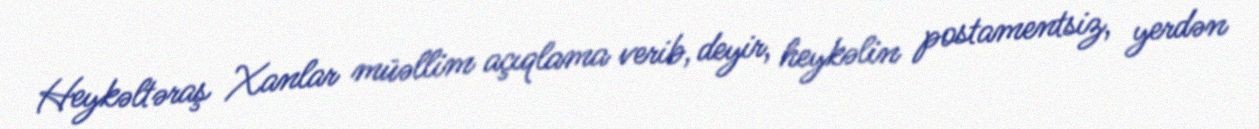
Heykəltəraş Xanlar müəllim açıqlama verib, deyir, heykəlin postamentsiz, yerdən